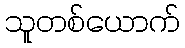
သူတစ်ယောက်